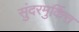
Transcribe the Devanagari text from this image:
सुंदरमुर्कित्त